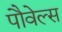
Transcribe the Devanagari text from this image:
पौवेल्स